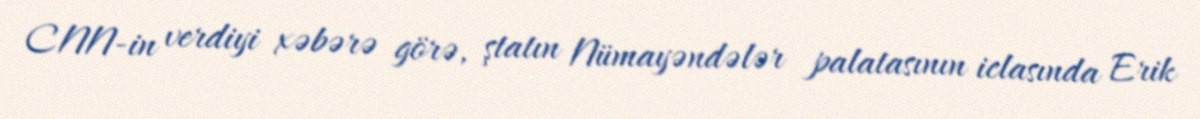
CNN-in verdiyi xəbərə görə, ştatın Nümayəndələr palatasının iclasında Erik